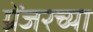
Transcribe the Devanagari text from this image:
ग्रेंजरच्या